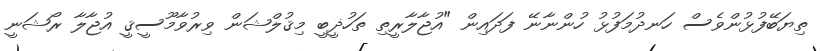
ތިޔަބޭފުޅުންވެސް ހަނދުމަފުޅު ހުންނާނޭ ފަދައިން "އުޖާލާރީތި ތަހުޛީބީ މިޤުލްޝަން ވިރުވާމޫސީޤީ އުޖާލާ ރޯޝަނީ